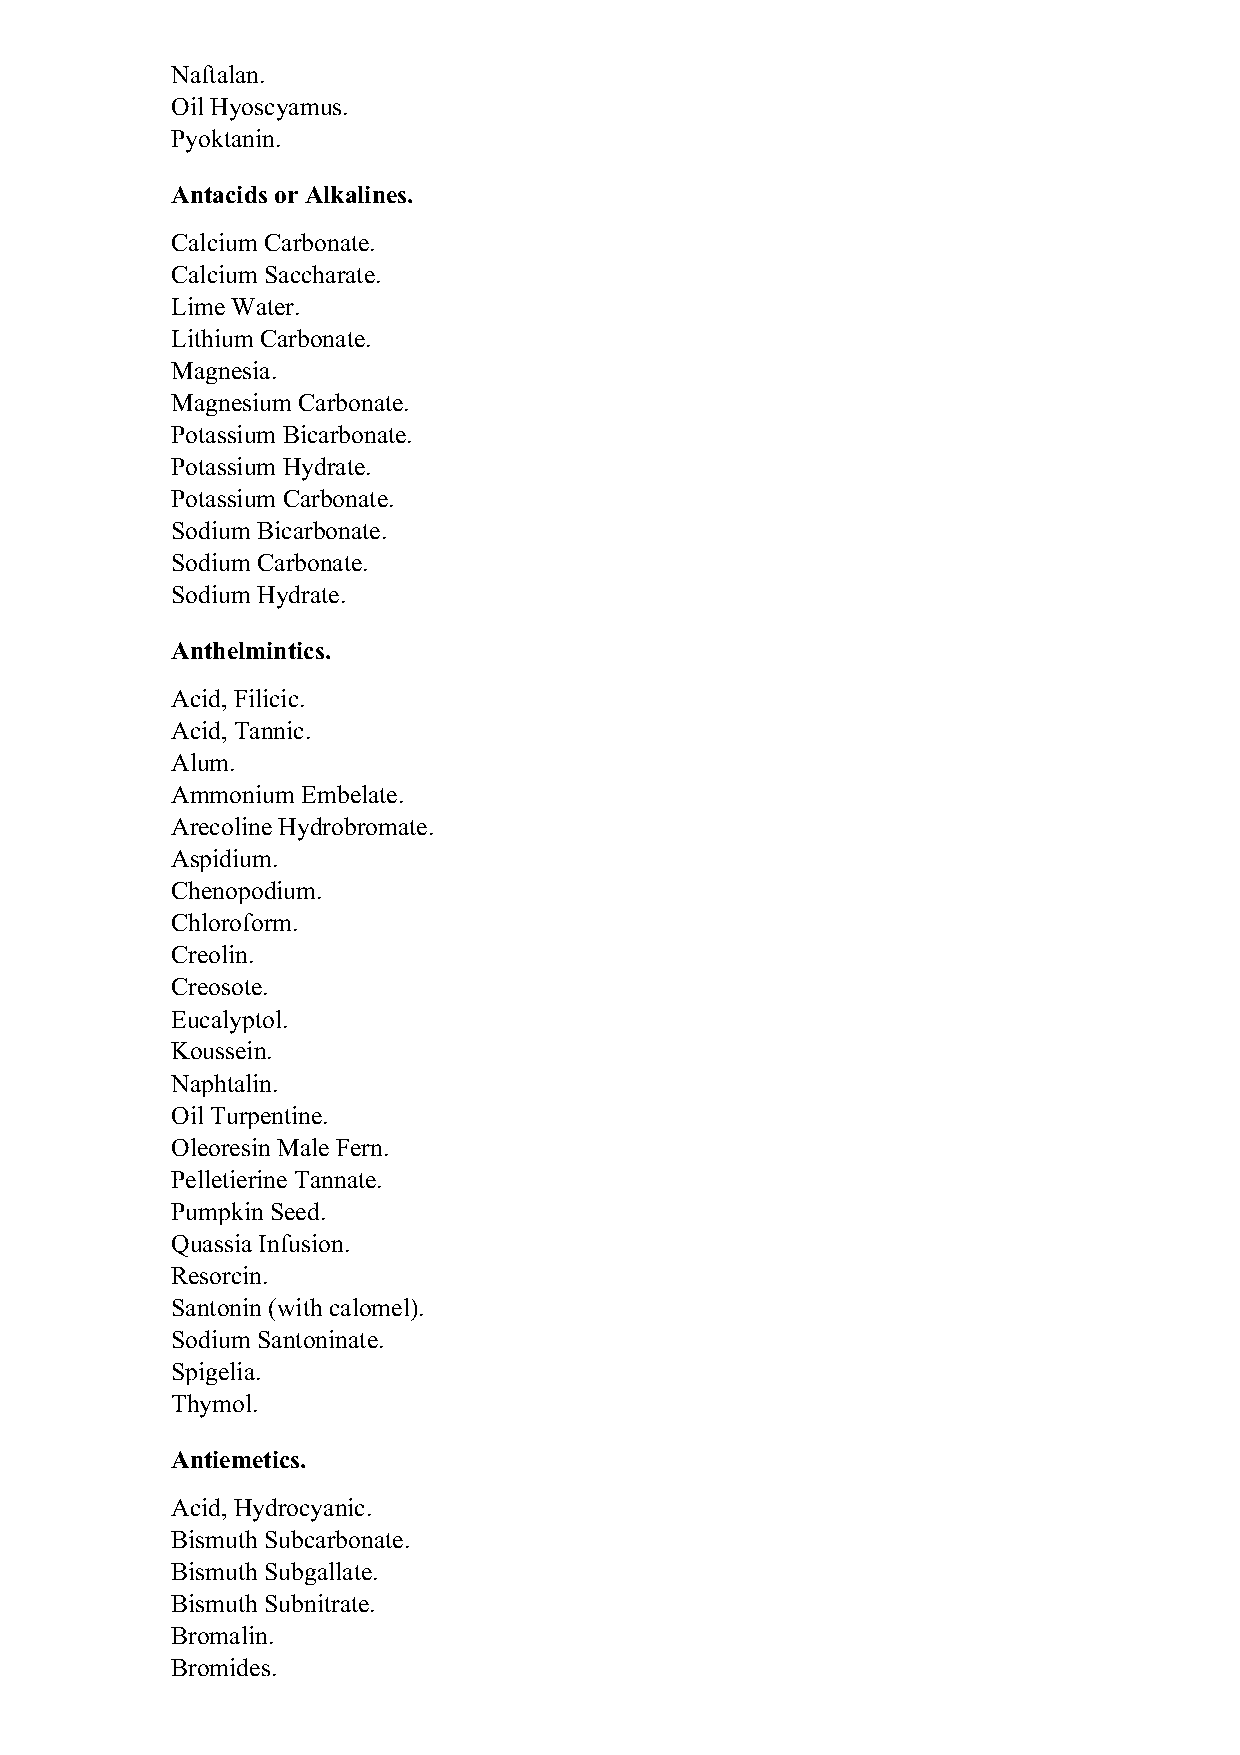
Naftalan.
 Oil Hyoscyamus.
 Pyoktanin.
 Antacids or Alkalines.
 Calcium Carbonate.
 Calcium Saccharate.
 Lime Water.
 Lithium Carbonate.
 Magnesia.
 Magnesium Carbonate.
 Potassium Bicarbonate.
 Potassium Hydrate.
 Potassium Carbonate.
 Sodium Bicarbonate.
 Sodium Carbonate.
 Sodium Hydrate.
 Anthelmintics.
 Acid, Filicic.
 Acid, Tannic.
 Alum.
 Ammonium Embelate.
 Arecoline Hydrobromate.
 Aspidium.
 Chenopodium.
 Chloroform.
 Creolin.
 Creosote.
 Eucalyptol.
 Koussein.
 Naphtalin.
 Oil Turpentine.
 Oleoresin Male Fern.
 Pelletierine Tannate.
 Pumpkin Seed.
 Quassia Infusion.
 Resorcin.
 Santonin (with calomel).
 Sodium Santoninate.
 Spigelia.
 Thymol.
 Antiemetics.
 Acid, Hydrocyanic.
 Bismuth Subcarbonate.
 Bismuth Subgallate.
 Bismuth Subnitrate.
 Bromalin.
 Bromides.